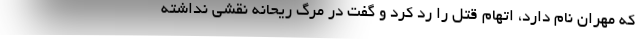
که مهران نام دارد، اتهام قتل را رد کرد و گفت در مرگ ریحانه نقشی نداشته